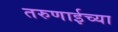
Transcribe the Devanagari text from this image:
तरुणाईच्या